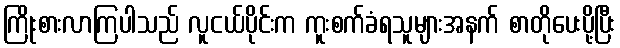
ကြိုးစားလာကြပါသည် လူငယ်ပိုင်းက ကူးစက်ခံရသူများအနက် စာတိုပေးပို့ပြီး